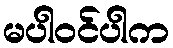
မပါဝင်ပါက